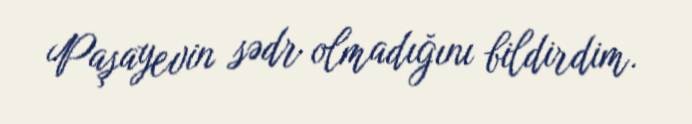
Paşayevin sədr olmadığını bildirdim.